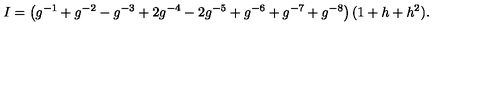
I = \left( g ^ { - 1 } + g ^ { - 2 } - g ^ { - 3 } + 2 g ^ { - 4 } - 2 g ^ { - 5 } + g ^ { - 6 } + g ^ { - 7 } + g ^ { - 8 } \right) ( 1 + h + h ^ { 2 } ) .